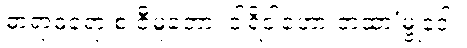
ဓာရာဓရော စ ဇီမူတော၊ ဝါရိဝါဟော တထာ’မ္ဗုဒေါ။